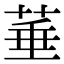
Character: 菙